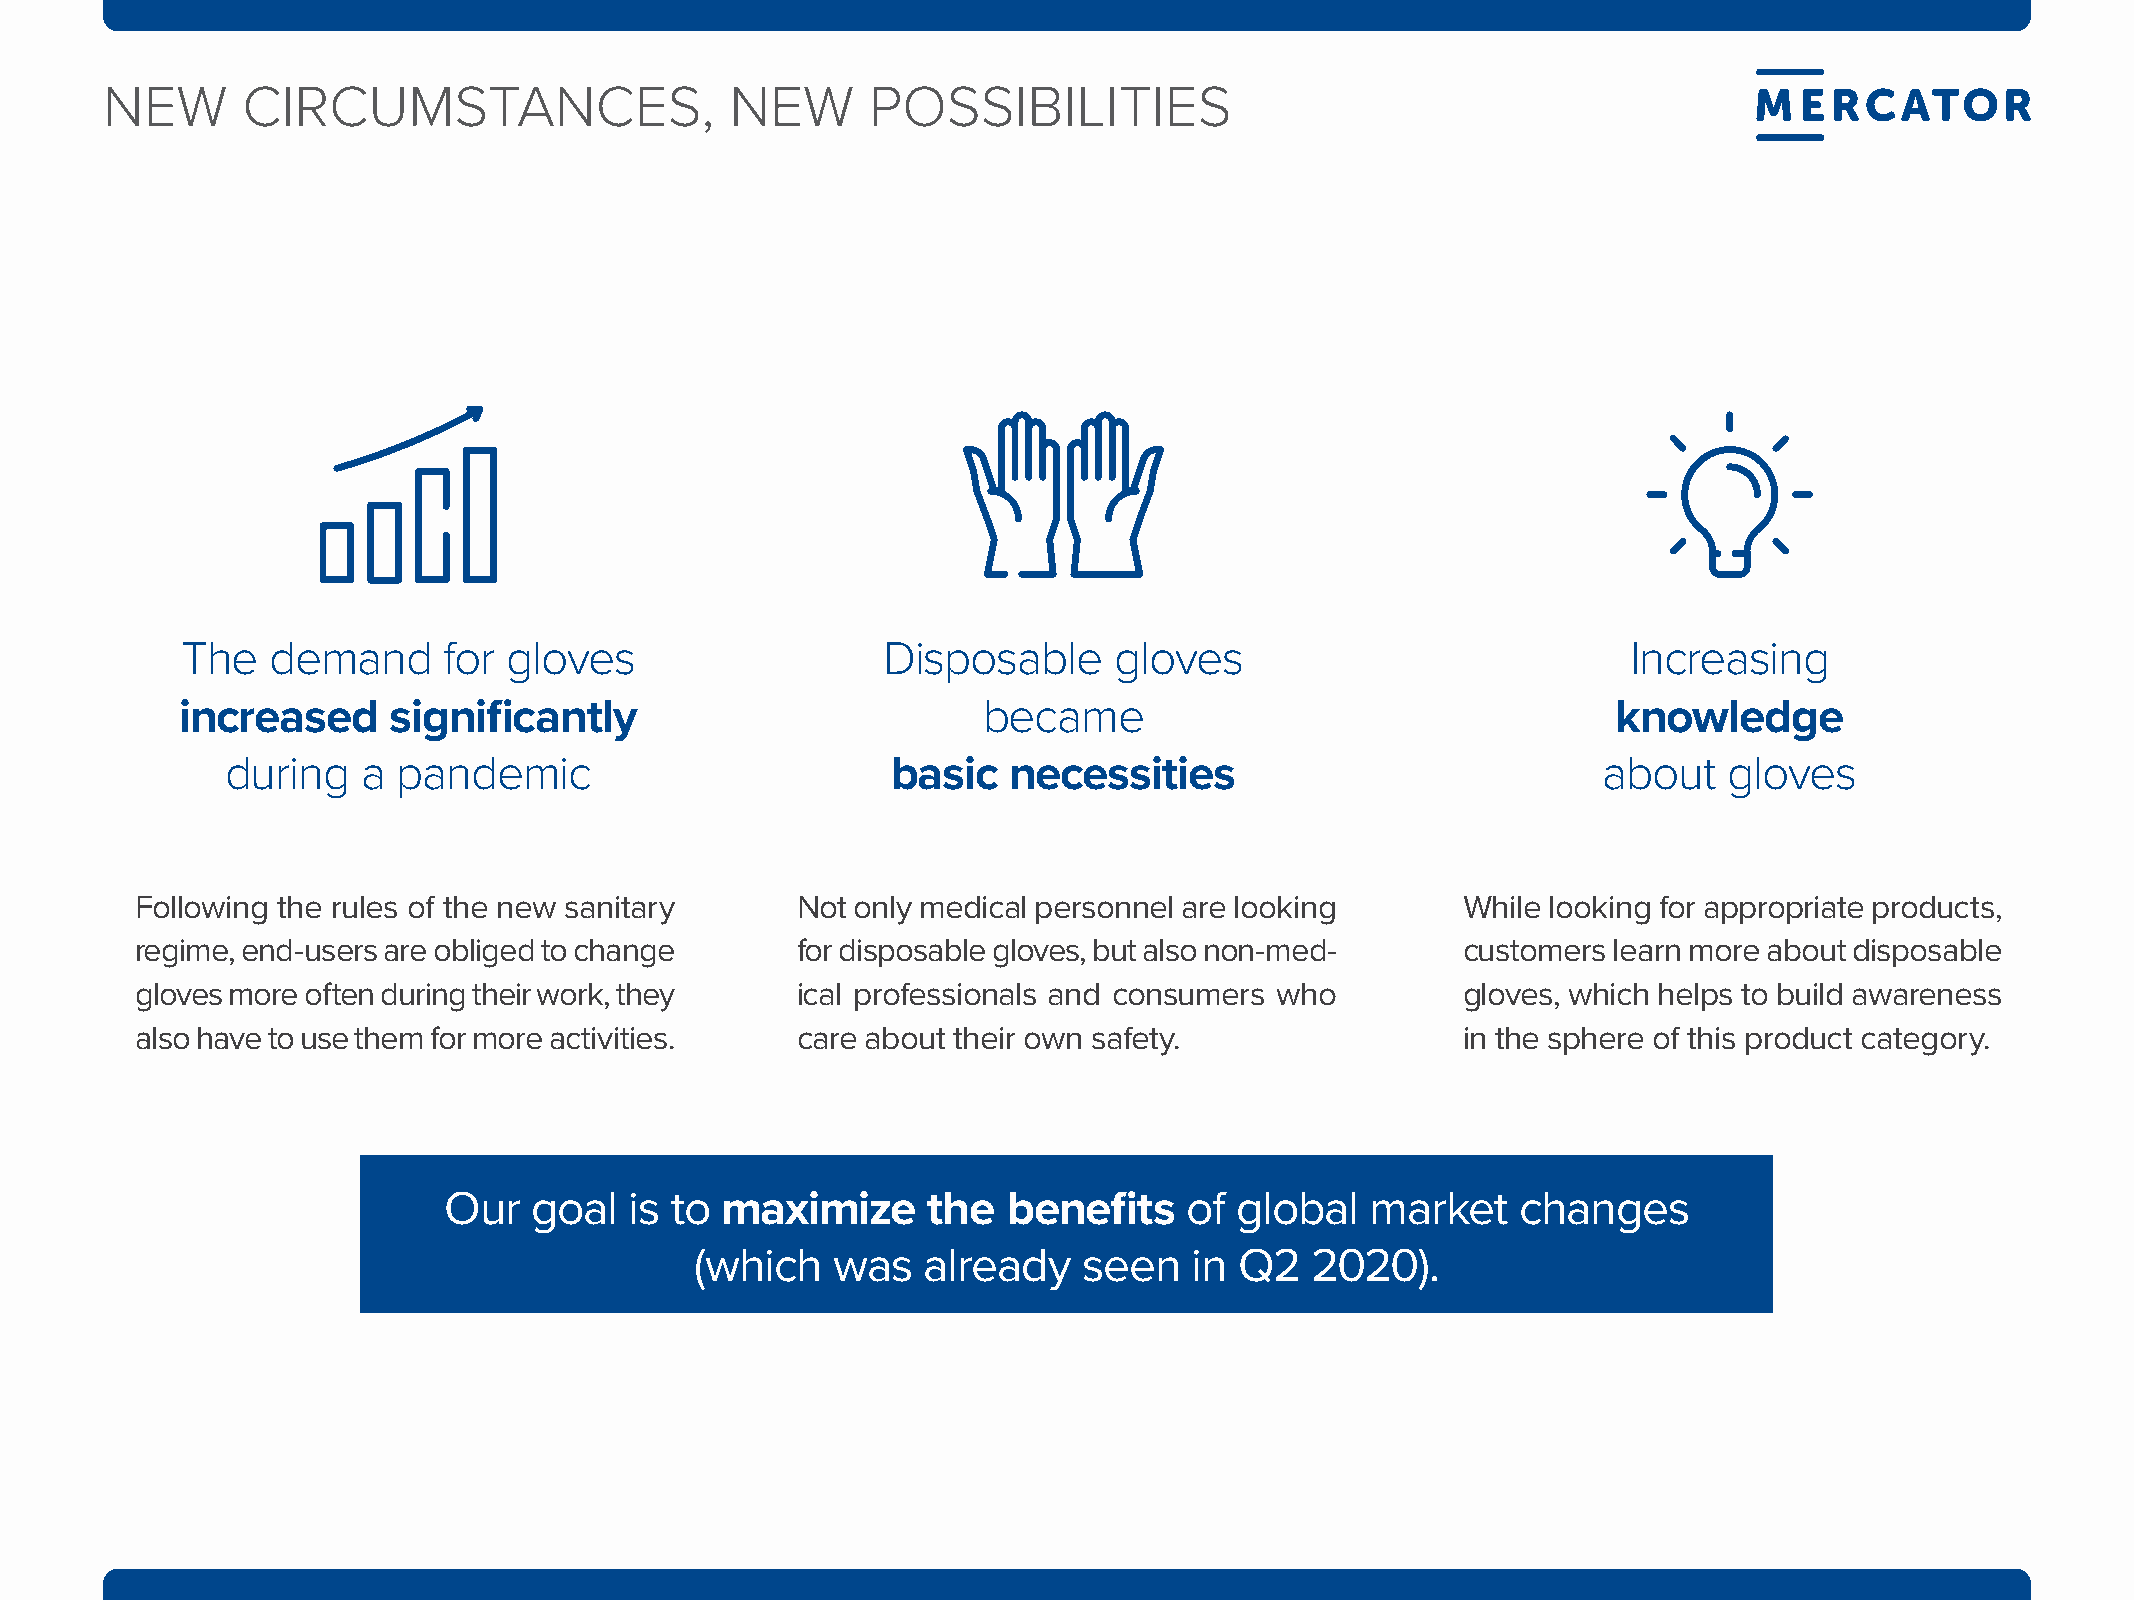
NEW      CIrCumstaNCEs,                  NEW       POssIBIlItIEs
 the   demand     for gloves                   disposable      gloves                            Increasing
 increased     significantly                          became                                    knowledge
 during   a pandemic                         basic   necessities                            about   gloves
 Following the rules of the new sanitary     Not only medical personnel are looking      While looking for appropriate products,
 regime, end-users are obliged to change     for disposable gloves, but also non-med-    customers learn more about disposable
 gloves more often during their work, they   ical professionals and consumers who        gloves, which helps to build awareness
 also have to use them for more activities.  care about their own safety.                in the sphere of this product category.
 Our   goal   is to maximize     the   benefits    of global   market    changes
 (which   was   already    seen   in Q2   2020).